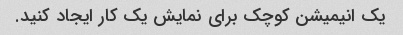
یک انیمیشن کوچک برای نمایش یک کار ایجاد کنید.